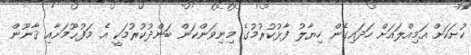
ކުށަކަށް އަމިއްލައަށް ހަދައިގެން ހިޔާލު ފާޅުކުރުމުގެ މިނިވަންކަން ބަންދުކުރުމަކީ އެ މަފުޙޫމަށާއި ޤާނޫން